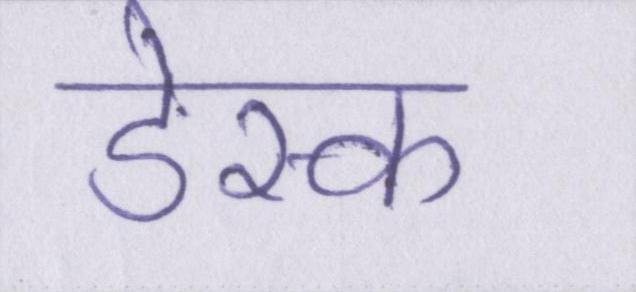
डेस्क